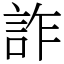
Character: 詐